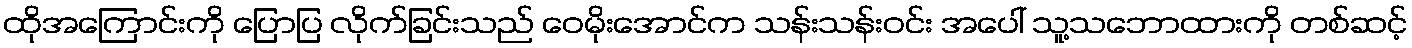
ထိုအကြောင်းကို ပြောပြ လိုက်ခြင်းသည် ဝေမိုးအောင်က သန်းသန်းဝင်း အပေါ် သူ့သဘောထားကို တစ်ဆင့်